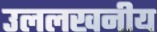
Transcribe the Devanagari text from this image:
उललखनीय